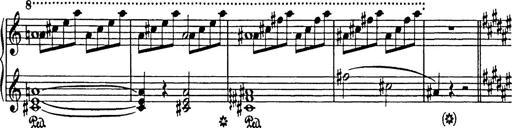
Title: In festo transfigurationis Domini nostri Jesu Christi
Composer: Franz Liszt